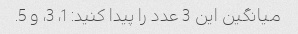
میانگین این 3 عدد را پیدا کنید: 1، 3، و 5.